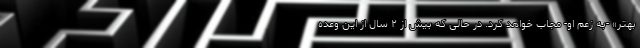
بهتر» -به زعم او- مجاب خواهد کرد. در حالی که بیش از ۲ سال از این وعده